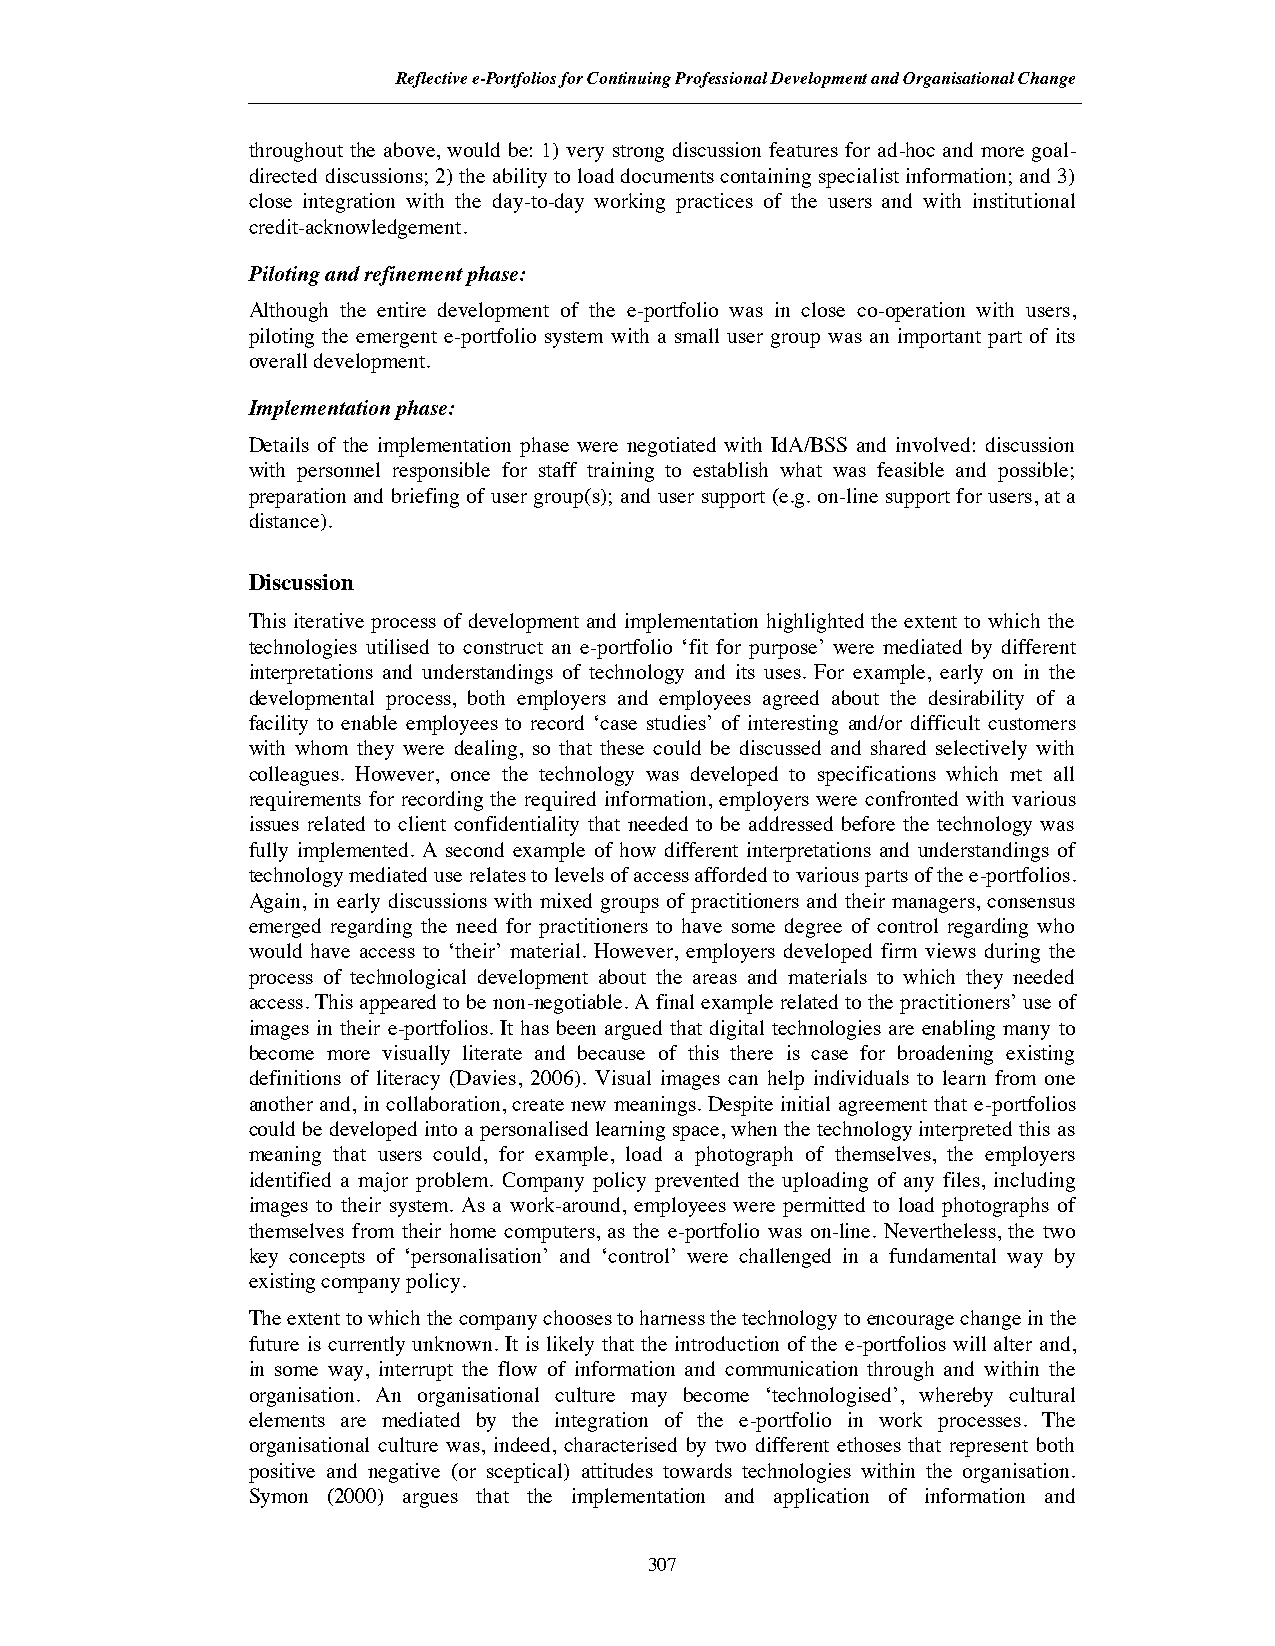
Reflective e-Portfolios for Continuing Professional Development and Organisational Change
 throughout the above, would be: 1) very strong discussion features for ad-hoc and more goal-
 directed discussions; 2) the ability to load documents containing specialist information; and 3)
 close integration with the day-to-day working practices of the users and with institutional
 credit-acknowledgement.
 Piloting and refinement phase:
 Although the entire development of the e-portfolio was in close co-operation with users,
 piloting the emergent e-portfolio system with a small user group was an important part of its
 overall development.
 Implementation phase:
 Details of the implementation phase were negotiated with IdA/BSS and involved: discussion
 with personnel responsible for staff training to establish what was feasible and possible;
 preparation and briefing of user group(s); and user support (e.g. on-line support for users, at a
 distance).
 Discussion
 This iterative process of development and implementation highlighted the extent to which the
 technologies utilised to construct an e-portfolio ‘fit for purpose’ were mediated by different
 interpretations and understandings of technology and its uses. For example, early on in the
 developmental process, both employers and employees agreed about the desirability of a
 facility to enable employees to record ‘case studies’ of interesting and/or difficult customers
 with whom they were dealing, so that these could be discussed and shared selectively with
 colleagues. However, once the technology was developed to specifications which met all
 requirements for recording the required information, employers were confronted with various
 issues related to client confidentiality that needed to be addressed before the technology was
 fully implemented. A second example of how different interpretations and understandings of
 technology mediated use relates to levels of access afforded to various parts of the e-portfolios.
 Again, in early discussions with mixed groups of practitioners and their managers, consensus
 emerged regarding the need for practitioners to have some degree of control regarding who
 would have access to ‘their’ material. However, employers developed firm views during the
 process of technological development about the areas and materials to which they needed
 access. This appeared to be non-negotiable. A final example related to the practitioners’ use of
 images in their e-portfolios. It has been argued that digital technologies are enabling many to
 become more visually literate and because of this there is case for broadening existing
 definitions of literacy (Davies, 2006). Visual images can help individuals to learn from one
 another and, in collaboration, create new meanings. Despite initial agreement that e-portfolios
 could be developed into a personalised learning space, when the technology interpreted this as
 meaning that users could, for example, load a photograph of themselves, the employers
 identified a major problem. Company policy prevented the uploading of any files, including
 images to their system. As a work-around, employees were permitted to load photographs of
 themselves from their home computers, as the e-portfolio was on-line. Nevertheless, the two
 key concepts of ‘personalisation’ and ‘control’ were challenged in a fundamental way by
 existing company policy.
 The extent to which the company chooses to harness the technology to encourage change in the
 future is currently unknown. It is likely that the introduction of the e-portfolios will alter and,
 in some way, interrupt the flow of information and communication through and within the
 organisation. An organisational culture may become ‘technologised’, whereby cultural
 elements are mediated by the integration of the e-portfolio in work processes. The
 organisational culture was, indeed, characterised by two different ethoses that represent both
 positive and negative (or sceptical) attitudes towards technologies within the organisation.
 Symon (2000) argues that the implementation and application of information and
 307